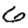
Digit: 6